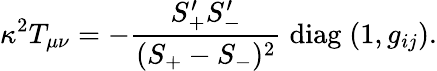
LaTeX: \kappa^{2}T_{\mu\nu}=-\frac{S_{+}^{\prime}S_{-}^{\prime}}{(S_{+}-S_{-})^{2}}\; \mathrm{diag}\; (1,g_{ij}).